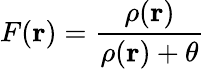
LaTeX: F(\mathbf{r})=\frac{\rho(\mathbf{r})}{\rho(\mathbf{r})+\theta}